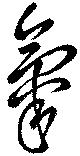
気